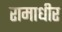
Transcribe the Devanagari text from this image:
रामाधीर